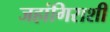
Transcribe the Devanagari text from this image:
जहांगिराशी